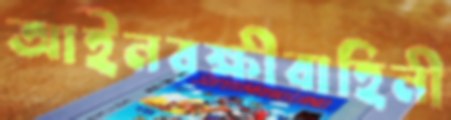
আইনরক্ষীবাহিনী